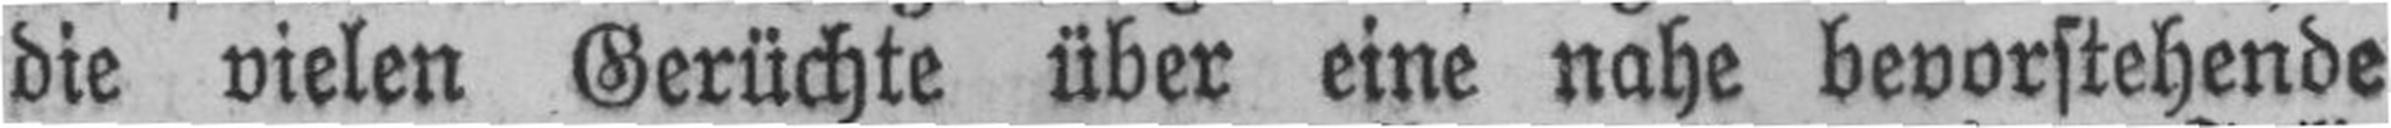
die vielen Gerüchte über eine nahe bevorstehende